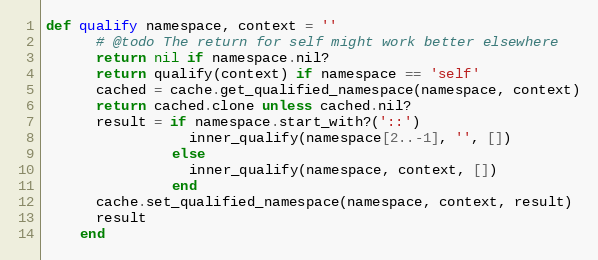
Language: Ruby
def qualify namespace, context = ''
      # @todo The return for self might work better elsewhere
      return nil if namespace.nil?
      return qualify(context) if namespace == 'self'
      cached = cache.get_qualified_namespace(namespace, context)
      return cached.clone unless cached.nil?
      result = if namespace.start_with?('::')
                 inner_qualify(namespace[2..-1], '', [])
               else
                 inner_qualify(namespace, context, [])
               end
      cache.set_qualified_namespace(namespace, context, result)
      result
    end